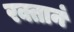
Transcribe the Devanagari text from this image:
रक्तानं